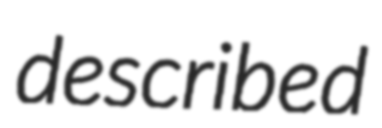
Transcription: described